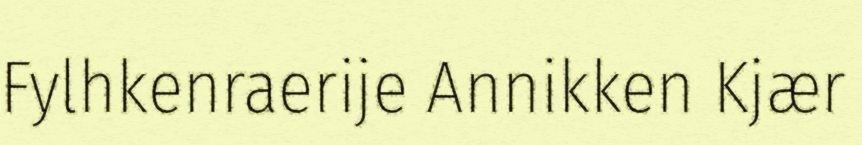
Fylhkenraerije Annikken Kjær